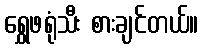
ရွှေဖရုံသီး စားချင်တယ်။